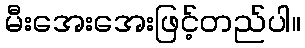
မီးအေးအေးဖြင့်တည်ပါ။